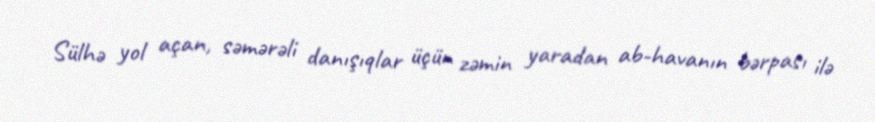
Sülhə yol açan, səmərəli danışıqlar üçün zəmin yaradan ab-havanın bərpası ilə